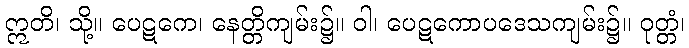
ဣတိ၊ သို့။ ပေဋကေ၊ နေတ္တိကျမ်း၌။ ဝါ၊ ပေဋကောပဒေသကျမ်း၌။ ဝုတ္တံ၊